Statistics of inoculations with Haffkine's anti-plague vaccine 1897-1900
Year: 1897
Disease focus: Plague
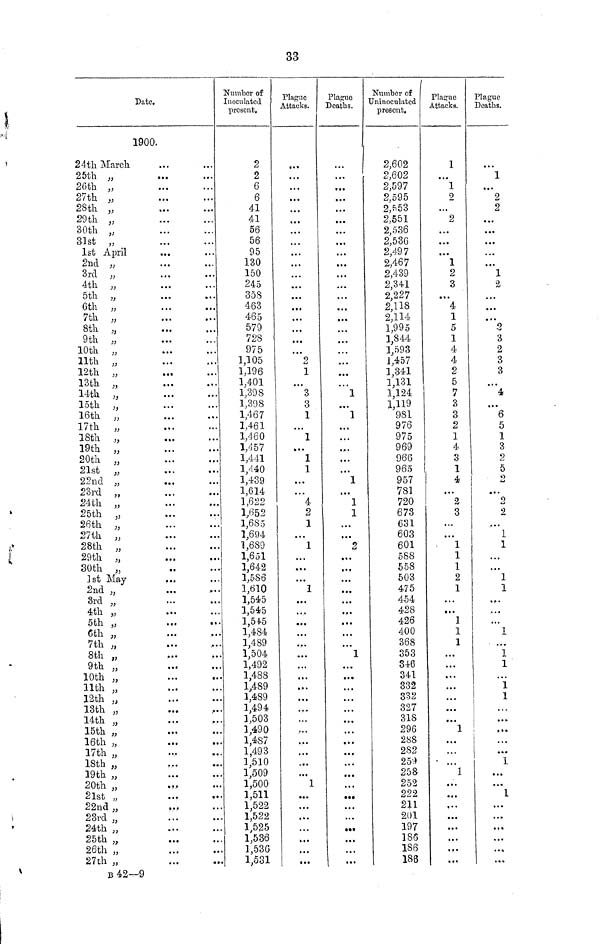
33
Date.
1900.
24th March
25th
2ßth
27th
28th
29th
30th
31st
,,
,,,,
,,,,
,,
,,,,
,,,,
,,
1st April
2nd
3rd
4th
5th
6th
7th
8th
9th
10th
11th
12th
13th
14th
15th
16th
17th
18th
19th
20th
21st
22nd
23rd
24th
25th
26th
27th
28th
29th
30th
,,
,,
)},,
,,
,,
,,
,,
,,,,
,,,,
„ ,,
,,
,,
,,,,
,,
„
,,
,,
,,
,,,,
,,,,
,,
,,,,
,,
,,
,,
,,
,,,,
,,
1st May
2nd
3rd
4th
5th
6th
7th
8th
9th
10th
11th
12th
13th
14th
15th
16th
17th
18th
19th
20th
21st
22nd
23rd
24th
25th
26th
27th
,,
,,
,,
,,
,,
,,
,,
,,
,,
,,
,,
,,
,,
,,
,,,,
,,
,,
,,
,,
,,
,,
,,
,,
,,
,,
,,
B42—9
...
...
• ..
...
...
...
...
...
...
...
...
...
...
...
...
...
...
...
...
...
...
...
...
...
...
...
...
...
...
...
...
...
...
...
...
...
...
...
...
...
...
...
...
...
...
...
...
• ••
• ••
...
• ••
• • •
a a a
...
...
...
...
...
...
• ••
...
• • •
• ••
....
...
...
...
...
...
...
...
...
...
.....
......
......
...
...
...
...
...
...
...
...
...
...
...
....
...
...
....
...
...
...
....
...
...
...
...
...
...
...
...
...
......
...
...
...
....
...
....
...
...
....
....
...
....
...
...
...
...
...
...
...
...
...
...
...
....
Number of
Inoculated
present.
2
2
6
6
41
41
56
56
95
130
150
245
358
463
465
579
728
975
1,105
1,196
1,401
1,398
1,398
1,467
1,461
1,460
1,457
1,441
1/140
1,439
1,614
1,622
1,652
1,685
1,694
1,689
1,651
1,642
1,586
1,610
1,545
1,545
1,54.5
1,484
1,489
1,504
1,492
1,488
1,489
1,489
1,494
1,503
1,490
1,487
1,493
1,510
1,509
1,500
1,511
1,522
1,522
1,525
1,536
1,536
1,531
Hague
Attacks.
...
...
...
...
...
...
...
...
...
...
...
...
...
...
...
...
...
...
2
1
...
3
3
1
...
1
...
1
1
...
...
4
2
1
...
1
...
...
...
1
...
...
...
...
...
...
...
...
...
...
...
...
...
...
...
...
...
1
...
...
...
...
...
...
...
Plague
Deaths.
...
...
...
...
...
...
...
...
...
...
...
...
...
...
...
...
...
...
...
...
...
1
...
1
...
...
...
...
...
1
...
1
1
...
...
2
...
...
...
...
...
...
...
...
...
1
...
...
...
...
...
...
...
...
...
...
...
...
...
...
...
...
...
...
...
Number of
Uninoculated
present.
2,602
2,602
2,597
2,595
2,553
2,551
2,536
2,536
2,497
2,467
2,439
2,341
2,227
2,118
2,114
1,995
1,844
1,593
1,457
1,341
1,131
1,124
1,119
981
976
975
969
966
965
957
781
720
673
631
603
601
588
558
503
475
454
428
426
400
368
353
346
341
332
332
327
318
296
288
282
259
258
252
222
211
201
197
186
186
186
Plague
Attacks.
1
...
1
2
...
2
...
...
...
1
2
3
...
4
1
5
1
4
4
2
5
7
3
3
2
1
4
3
1
4
...
2
3
...
...
. 1
1
1
2
1
...
...
1
1
1
...
...
...
...
...
...
...
1
...
...
...
1
...
...
...
...
...
...
...
...
Plague
Deaths.
...
1
...
2
2
...
...
...
...
...
1
2
...
...
...
2
3
2
3
3
...
4
...
6
5
1
3
2
5
2
...
2
2
...
1
1
...
...
1
1
...
...
...
1
...
1
1
...
1
1
...
...
...
...
...
1
...
...
1
...
...
...
...
...
...